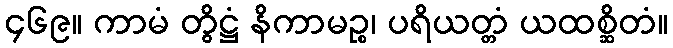
၄၆၉။ ကာမံ တွိဋ္ဌံ နိကာမဉ္စ၊ ပရိယတ္တံ ယထစ္ဆိတံ။